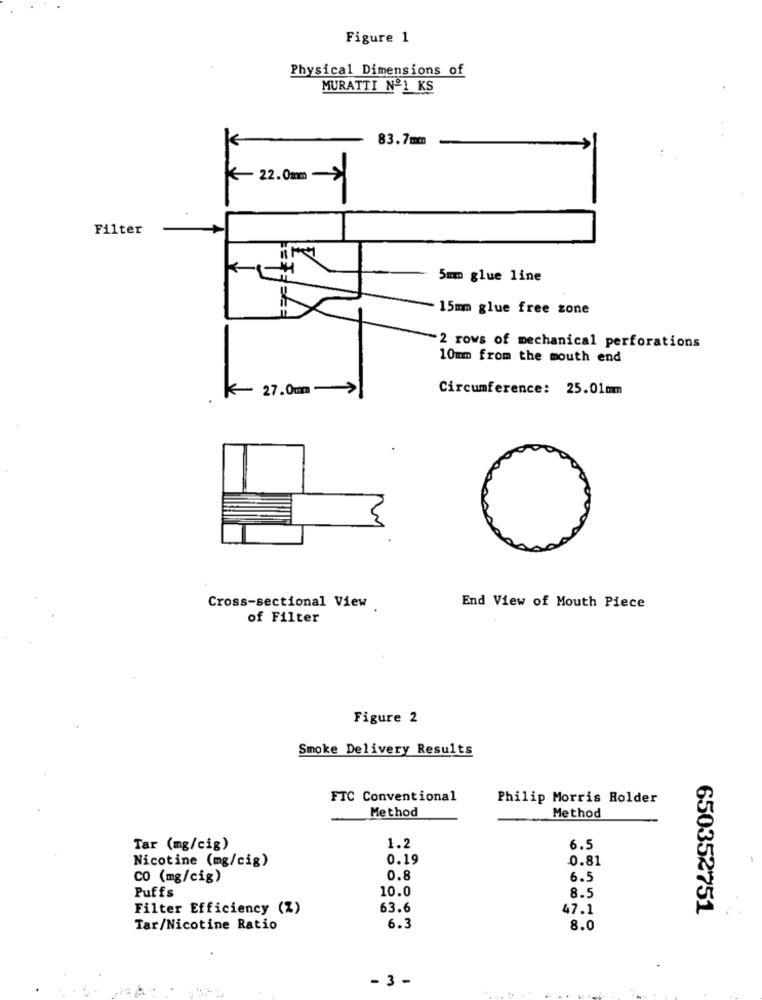
Figure 1
Physical Dimensions of
MURATTI Nº1 KS
83.7mm
22.0mm->
Filter
5mm glue line
15mm glue free zone
2 rows of mechanical perforations
10mm from the mouth end
₭ 27.0mm ->
Circumference: 25.01mm
Cross-sectional View
End View of Mouth Piece
of Filter
Figure 2
Smoke Delivery Results
FTC Conventional
Philip Morris Holder
Method
Method
Tar (mg/cig)
1.2
6.5
0.19
0.81
Nicotine (mg/cig)
CO (mg/cig)
0.8
6.5
Puffs
10.0
8.5
Filter Efficiency (%)
63.6
47.1
650352751
Tar/Nicotine Ratio
6.3
8.0
- 3 -
.